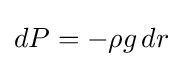
dP=-\rho g\,dr